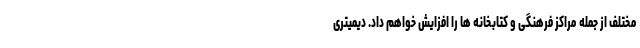
مختلف از جمله مراکز فرهنگی و کتابخانه ها را افزایش خواهم داد. دیمیتری